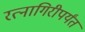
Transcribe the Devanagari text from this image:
रत्‍नागिरीपर्यंत